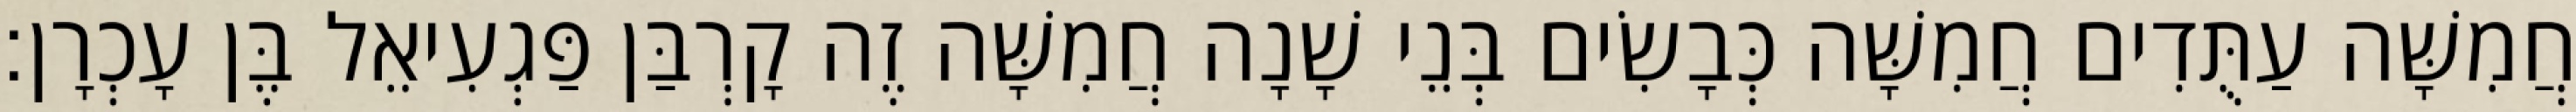
חֲמִשָּׁה עַתֻּדִים חֲמִשָּׁה כְּבָשִׂים בְּנֵי שָׁנָה חֲמִשָּׁה זֶה קָרְבַּן פַּגְעִיאֵל בֶּן עָכְרָן׃